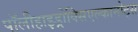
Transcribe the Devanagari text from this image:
पॉलीहाइड्रोक्सिएल्कानोट्स